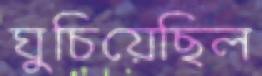
ঘুচিয়েছিল